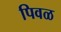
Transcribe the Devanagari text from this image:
पिवळ